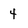
Character: 4